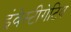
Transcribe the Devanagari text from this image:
इंवेस्टीगेटिव